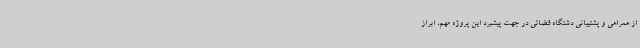
از همراهی و پشتیبانی دشتگاه قضائی در جهت پیشبرد این پروژه مهم، ابراز